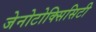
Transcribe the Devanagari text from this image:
जेनोटोक्सिसिटी